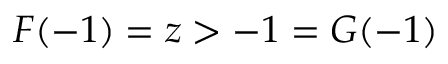
F ( - 1 ) = z > - 1 = G ( - 1 )